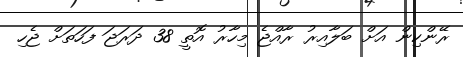
ރޭންކިން އަށް ބަލާއިރު ރާއްޖެ މިހާރު އޮތީ 38 ދަރަޖަ ފަހަތަށް ޖެހި